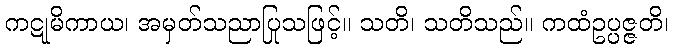
ကဋုမိကာယ၊ အမှတ်သညာပြုသဖြင့်။ သတိ၊ သတိသည်။ ကထံဥပ္ပဇ္ဇတိ၊